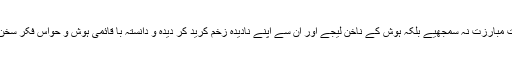
لیکن ہم پھر یہی کہیں گے کہ جناب ہماری اس چھوٹی سی گزارش کو دعوتِ مبارزت نہ سمجھیے بلکہ ہوش کے ناخن لیجے اور اُن سے اپنے نادیدہ زخم کرید کر دیدہ و دانستہ با قائمی ہوش و حواس فکرِ سخن کیجے تاکہ آپ بھی کہہ سکیں کہ جناب یہ ہوتی ہے اسپورٹس میں اسپرٹ!